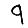
Digit: 9